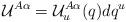
\begin{align*}{\mathcal U}^{A\alpha} = {\mathcal U}^{A\alpha}_u (q) d q^u\end{align*}